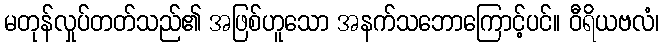
မတုန်လှုပ်တတ်သည်၏ အဖြစ်ဟူသော အနက်သဘောကြောင့်ပင်။ ဝီရိယဗလံ၊